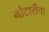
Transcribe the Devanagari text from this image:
मोटारीचा